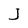
Character: J